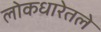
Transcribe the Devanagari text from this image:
लोकधारेतले